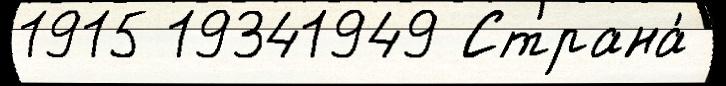
1915 19341949 Страна́